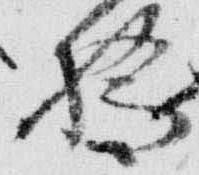
橋